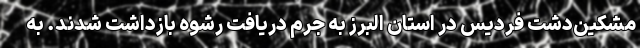
مشکین‌دشت فردیس در استان البرز به جرم دریافت رشوه بازداشت شدند. به